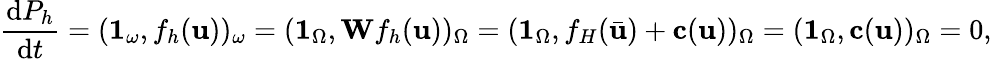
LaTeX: \frac{\mathrm{d}P_{h}}{\mathrm{d}t}=(\boldsymbol{1}_{\omega},f_{h}(\mathbf{u}))_{\omega}=(\boldsymbol{1}_{\Omega},\mathbf{W}f_{h}(\mathbf{u}))_{\Omega}=(\mathbf{1}_{\Omega},f_{H}(\bar{\mathbf{u}})+\mathbf{c}(\mathbf{u}))_{\Omega}=(\mathbf{1}_{\Omega},\mathbf{c}(\mathbf{u}))_{\Omega}=0,